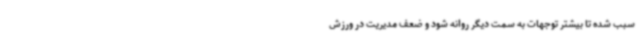
سبب شده تا بیشتر توجهات به سمت دیگر روانه شود و ضعف مدیریت در ورزش